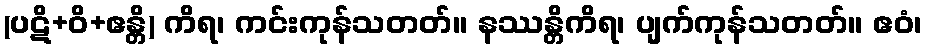
(ပဋိ+ဝိ+ဧန္တိ) ကိရ၊ ကင်းကုန်သတတ်။ နဿန္တိကိရ၊ ပျက်ကုန်သတတ်။ ဧဝံ၊